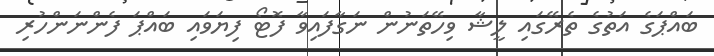
ބައްޕަގެ އަތުގެ ތެރޭގައި ލީޝާ ވިހޭތަނުން ނަގާފައިވާ ފޮޓޯ ފިޔަވައި ބައްޕަ ފެންނަންހުރި